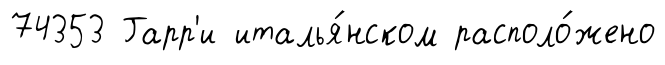
74353 Гарр'и италья́нском располо́жено